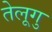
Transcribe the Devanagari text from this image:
तेलूगु